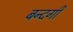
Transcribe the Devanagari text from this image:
बन्दगी